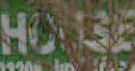
ME